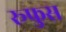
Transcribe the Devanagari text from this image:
रूफुस